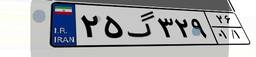
۲۵گ۳۲۹۲۶